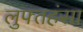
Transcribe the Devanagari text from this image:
लुफ्तहंसा